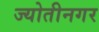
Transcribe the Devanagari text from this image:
ज्योतीनगर